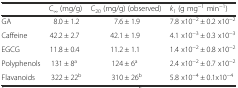
|  | C∞ (mg/g) | C20 (mg/g) (observed) | k1 (g mg−1 min−1) |
 | --- | --- | --- | --- |
 | GA | 8.0 ± 1.2 | 7.6 ± 1.9 | 7.8 x10−2 ± 0.2 x10−2 |
 | Caffeine | 42.2 ± 2.7 | 42.1 ± 1.9 | 4.1 x10−3 ± 0.3 x10−3 |
 | EGCG | 11.8 ± 0.4 | 11.2 ± 1.1 | 1.4 x10−2 ± 0.8 x10−2 |
 | Polyphenols | 131 ± 8a | 124 ± 6a | 2.4 x10−2 ± 0.7 x10−2 |
 | Flavanoids | 322 ± 22b | 310 ± 26b | 5.8 x10−4 ± 0.1x10−4 |